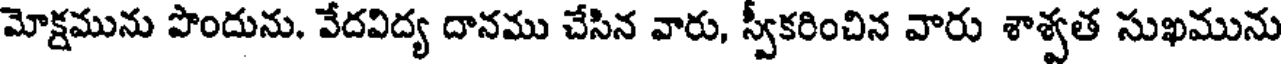
మోక్షమును పొందును. వేదవిద్య దానము చేసిన వారు, స్వీకరించిన వారు శాశ్వత సుఖమును